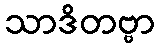
သာဒိတဗ္ဗာ